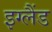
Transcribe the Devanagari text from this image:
इग्‍लैंड